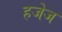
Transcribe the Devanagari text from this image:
हजेज